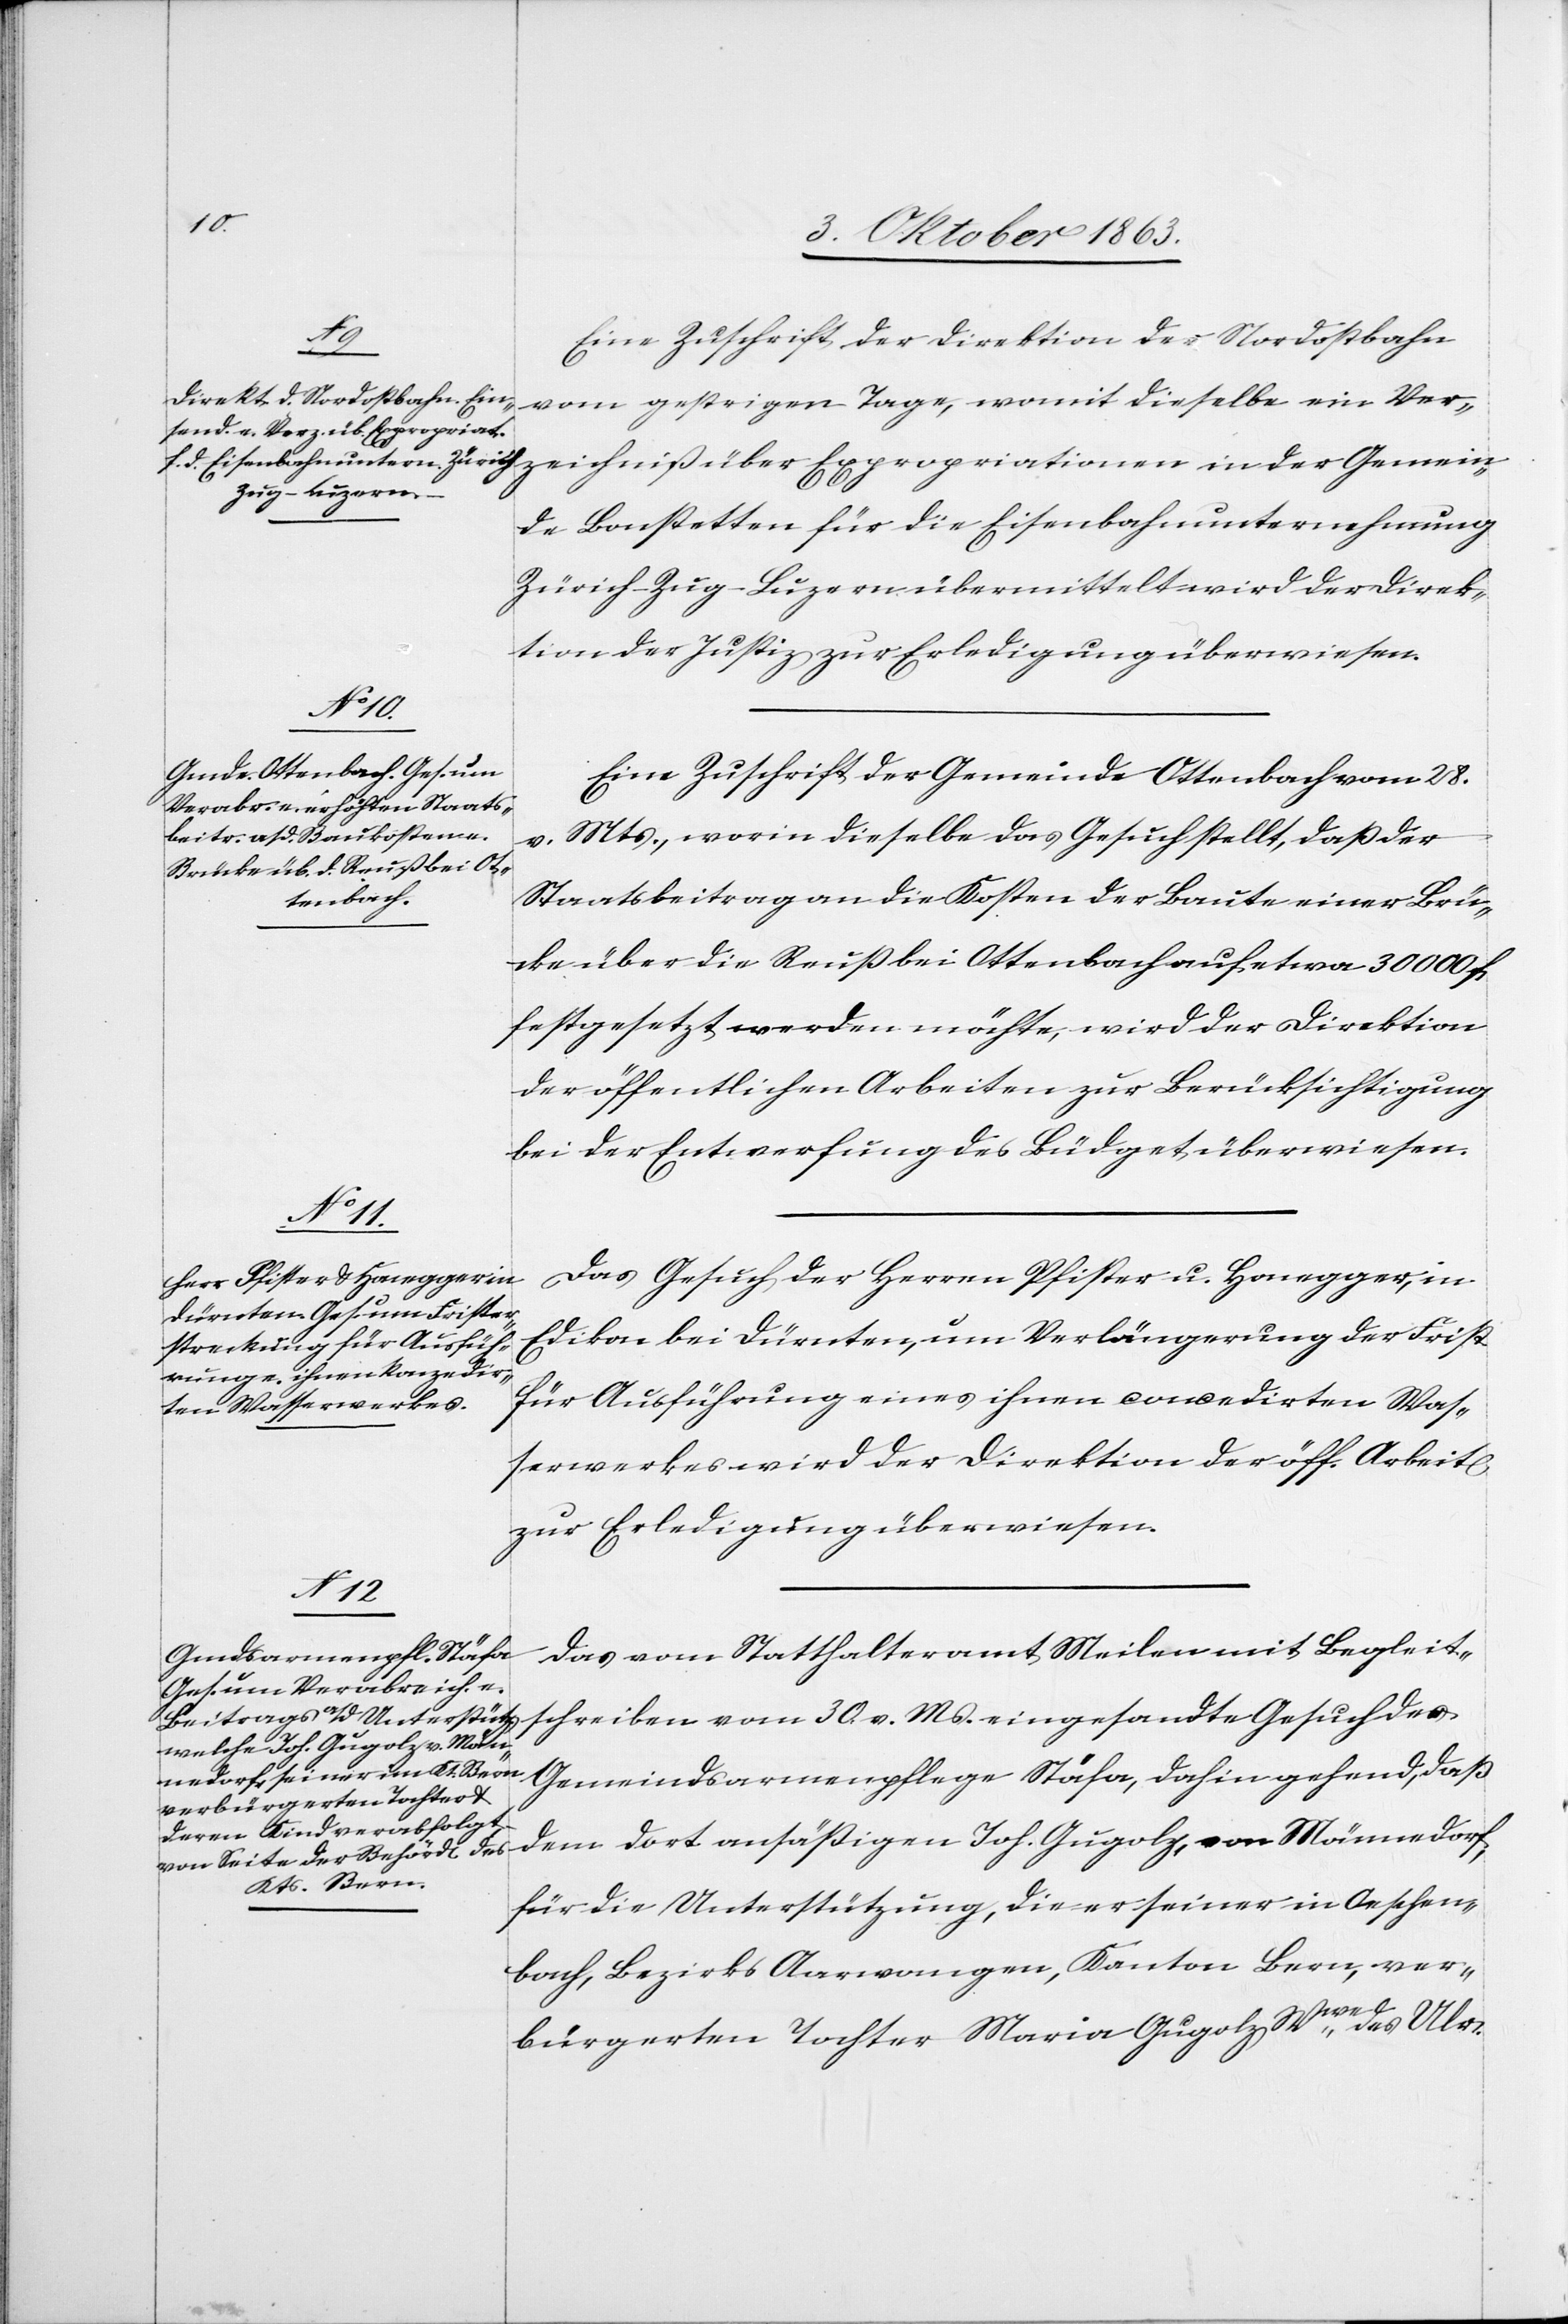
Eine Zuschrift der Direktion der Nordostbahn
vom gestrigen Tage, womit dieselbe ein Ver¬
der Gemein¬
de Bonstetten für die Eisenbahnunternehmung
Zürich–Zug–Luzern übermittelt wird der Direk¬
tion der Justiz zur Erledigung überwiesen.
Eine Zuschrift der Gemeinde Ottenbach vom 28.
v. Mts., worin dieselbe das Gesuch stellt, daß der
Staatsbeitrag an die Kosten der Baute einer Brü¬
cke über die Reuß bei Ottenbach auf etwa 30 000 f.
festgesetzt werden möchte, wird der Direktion
der öffentlichen Arbeiten zur Berücksichtigung
bei der Entwerfung des Büdget überwiesen.
Das Gesuch der Herren Pfister u. Honegger, in
Edikon bei Dürnten, um Verlängerung der Frist
für Ausführung eines ihnen concedirten Was¬
serwerkes wird der Direktion der öff. Arbeit[en]
zur Erledigung überwiesen.
Das vom Statthalteramt Meilen mit Begleit¬
schreiben vom 30. v. Ms. eingesandte Gesuch der
Gemeindsarmenpflege Stäfa, dahin gehend, daß
dem dort ansäßigen Joh. Gugolz, von Männedorf,
für die Unterstützung, die er seiner in Oeschen¬
bach, Bezirks Aarwangen, Kanton Bern, ver¬
bürgerten Tochter Maria Gugolz Wwe des Ulr.